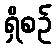
ရှိစဉ်